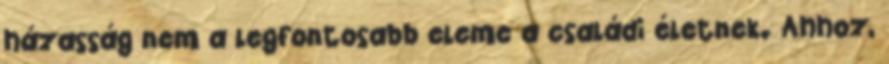
házasság nem a legfontosabb eleme a családi életnek. Ahhoz,